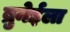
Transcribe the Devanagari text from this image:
ब्रुनेईला